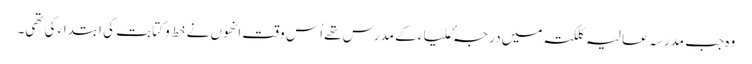
وہ جب مدرسہ عالیہ کلکتہ میں درجہٴ علیاء کے مدرس تھے اُس وقت انھوں نے خط و کتابت کی ابتداء کی تھی۔